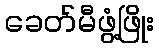
ခေတ်မီဖွံ့ဖြိုး